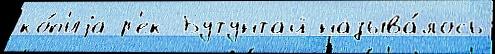
ко́п'иjа р'ек Бутунтай называ́лось